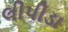
લીપીડા